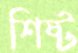
শিষ্ট